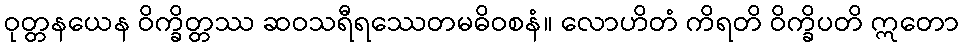
ဝုတ္တနယေန ဝိက္ခိတ္တဿ ဆဝသရီရဿေတမဓိဝစနံ။ လောဟိတံ ကိရတိ ဝိက္ခိပတိ ဣတော